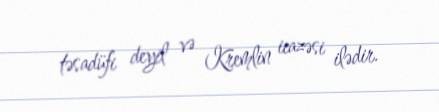
təsadüfi deyil və Kremlin icazəsi ilədir.